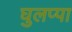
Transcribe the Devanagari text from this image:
घुलप्पा